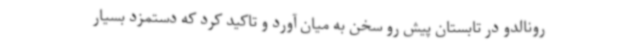
رونالدو در تابستان پیش رو سخن به میان آورد و تاکید کرد که دستمزد بسیار